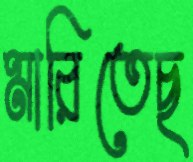
মারিতেছ